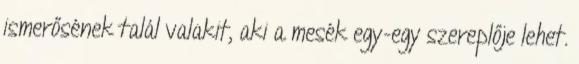
ismerősének talál valakit, aki a mesék egy-egy szereplője lehet.